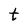
Character: t